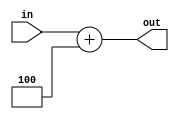
module ADD_PC_4(in, out);
	input [31:0]in;
	output [31:0] out;
	assign out = in + 4;
endmodule